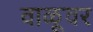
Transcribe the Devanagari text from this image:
वाळूवर